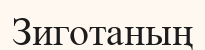
Зиготаның